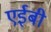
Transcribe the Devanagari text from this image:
एईबी